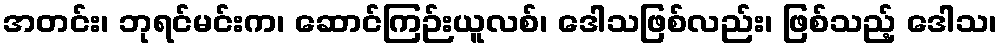
အတင်း၊ ဘုရင်မင်းက၊ ဆောင်ကြဉ်းယူလစ်၊ ဒေါသဖြစ်လည်း၊ ဖြစ်သည့် ဒေါသ၊